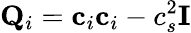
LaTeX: \mathbf{Q}_{i}=\mathbf{c}_{i}\mathbf{c}_{i}-c_{s}^{2}\mathbf{I}